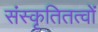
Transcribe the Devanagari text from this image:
संस्कृतितत्वों